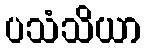
ပသံသိယာ